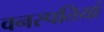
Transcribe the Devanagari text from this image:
वनस्‍पतियां